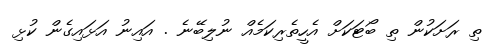
ތި ރަށަކުން ތި ބޯޓަކަށް އެހީތެރިކަމެއް ނުލިބޭނެ . އައިނު އަޅައިގެން ކުޅި